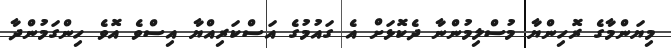
މިޔަންމާގެ ރޮހިންޔާ މުސްލިމުންނާ ދެކޮޅަށް އެ ގައުމުގެ އަސްކަރިއްޔާ އިސްވެ އޮވެ ހިންގަމުންދާ